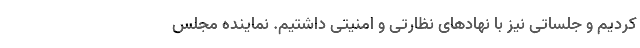
کردیم و جلساتی نیز با نهاد‌های نظارتی و امنیتی داشتیم. نماینده مجلس